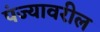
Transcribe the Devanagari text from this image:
पंज्यावरील